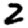
Digit: 2